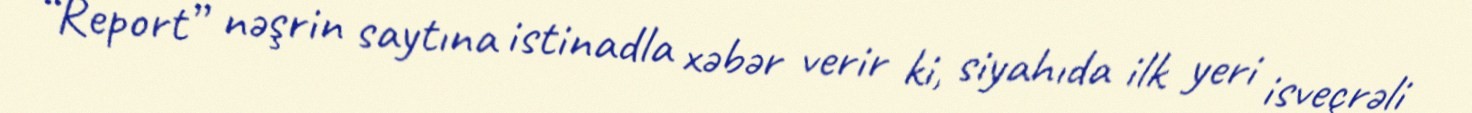
“Report” nəşrin saytına istinadla xəbər verir ki, siyahıda ilk yeri isveçrəli